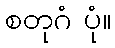
စတုဂံ ပုံ။